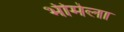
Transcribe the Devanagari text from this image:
भीमेला